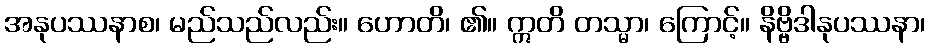
အနုပဿနာစ၊ မည်သည်လည်း။ ဟောတိ၊ ၏။ ဣတိ တသ္မာ၊ ကြောင့်။ နိဗ္ဗိဒါနုပဿနာ၊